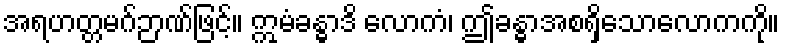
အရဟတ္တမဂ်ဉာဏ်ဖြင့်။ ဣမံခန္ဓာဒိ လောကံ၊ ဤခန္ဓာအစရှိသောလောကကို။